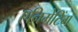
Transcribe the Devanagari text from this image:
एनिमेटिंग